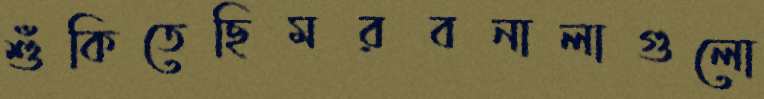
শুঁকিতেছিমরবনালাগুলো